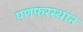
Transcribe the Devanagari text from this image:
पणफरस्थान